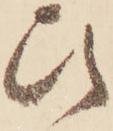
ひ